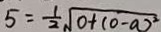
5 = \frac { 1 } { 2 } \sqrt { 0 + ( 0 - a ) ^ { 2 } }